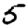
Digit: 5